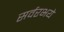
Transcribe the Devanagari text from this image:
सर्वरभये